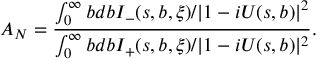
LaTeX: A _ { N } = \frac { \int _ { 0 } ^ { \infty } b d b I _ { - } ( s , b , \xi ) / | 1 - i U ( s , b ) | ^ { 2 } } { \int _ { 0 } ^ { \infty } b d b I _ { + } ( s , b , \xi ) / | 1 - i U ( s , b ) | ^ { 2 } } .